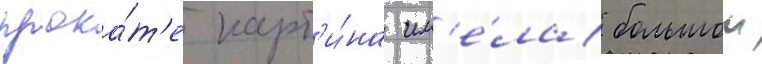
прока́т'е карт'и́на им'е́ла большои